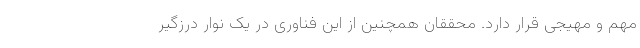
مهم و مهیجی قرار دارد. محققان همچنین از این فناوری در یک نوار درزگیر